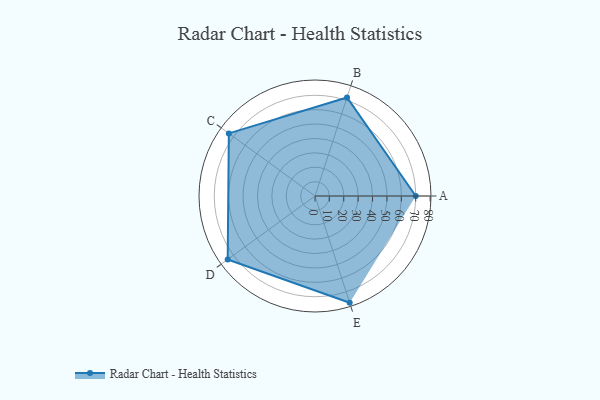
{"axis": {"x": "Skill", "y": "Score"}, "legend": ["Profile"], "data": [{"x": "A", "y": 70.0, "type": "Profile"}, {"x": "B", "y": 72.0, "type": "Profile"}, {"x": "C", "y": 74.0, "type": "Profile"}, {"x": "D", "y": 75.0, "type": "Profile"}, {"x": "E", "y": 78.0, "type": "Profile"}]}